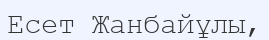
Есет Жанбайұлы,